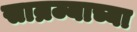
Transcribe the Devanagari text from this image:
साम्रज्याच्या